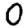
Digit: 0